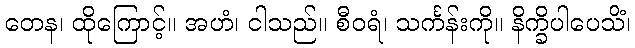
တေန၊ ထိုကြောင့်။ အဟံ၊ ငါသည်။ စီဝရံ၊ သင်္ကန်းကို။ နိက္ခိပါပေသိံ၊